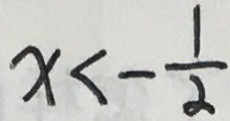
x < - \frac { 1 } { 2 }